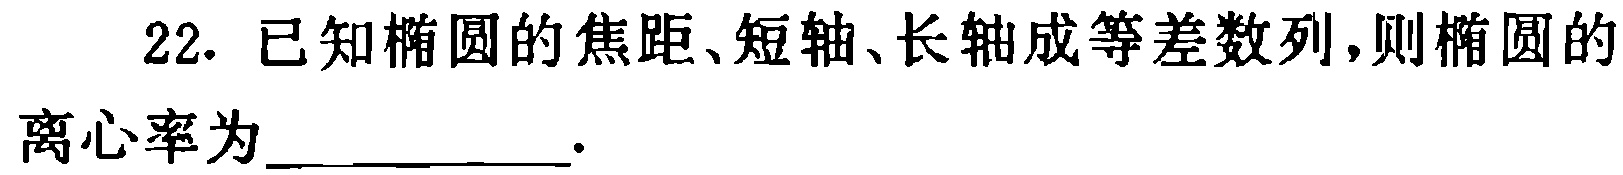
22. 已知椭圆的焦距、短轴、长轴成等差数列，则椭圆的离心率为___.